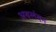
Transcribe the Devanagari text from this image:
अबलंबन